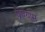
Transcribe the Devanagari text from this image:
प्राण्यांस